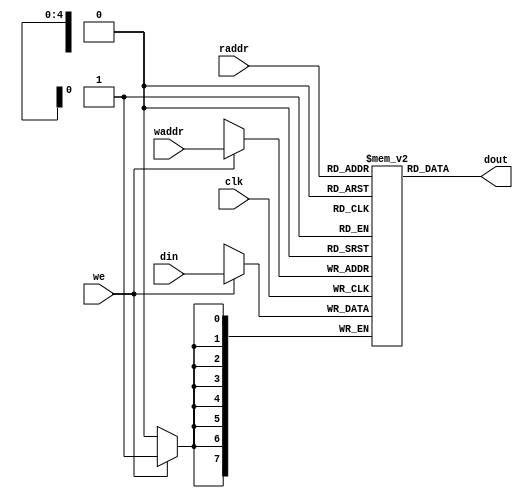
module LCD_ram (
	input				clk,
	input		[4:0]	raddr,
	input		[7:0]	din,
	input		[4:0]	waddr,
	input				we,
	output	[7:0]	dout
	);
	
	reg [7:0] m [0:31];
	
	always@(posedge clk)
		if (we)
			m[waddr] <= din;
	
	assign dout = m[raddr];
	
	initial begin
		// Line 1
		m[8'h00] = "L";
		m[8'h01] = "C";
		m[8'h02] = "D";
		m[8'h03] = " ";
		m[8'h04] = " ";
		m[8'h05] = " ";
		m[8'h06] = " ";
		m[8'h07] = " ";
		m[8'h08] = " ";
		m[8'h09] = " ";
		m[8'h0a] = " ";
		m[8'h0b] = " ";
		m[8'h0c] = " ";
		m[8'h0d] = " ";
		m[8'h0e] = " ";
		m[8'h0f] = " ";
		// Line 2
		m[8'h10] = "D";
		m[8'h11] = "e";
		m[8'h12] = "m";
		m[8'h13] = "o";
		m[8'h14] = "n";
		m[8'h15] = "s";
		m[8'h16] = "t";
		m[8'h17] = "r";
		m[8'h18] = "a";
		m[8'h19] = "t";
		m[8'h1a] = "i";
		m[8'h1b] = "o";
		m[8'h1c] = "n";
		m[8'h1d] = " ";
		m[8'h1e] = " ";
		m[8'h1f] = " ";
	end
	
endmodule